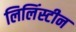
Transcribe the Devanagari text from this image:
लिलिंस्टीन